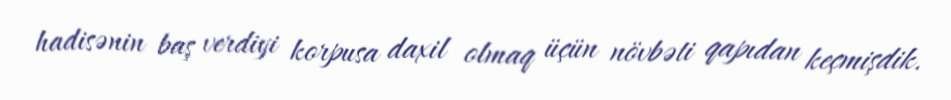
hadisənin baş verdiyi korpusa daxil olmaq üçün növbəti qapıdan keçmişdik.